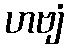
ဟဗျံ